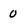
Character: 0